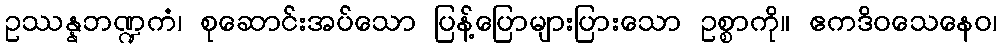
ဥဿန္နဘဏ္ဍကံ၊ စုဆောင်းအပ်သော ပြန့်ပြောများပြားသော ဥစ္စာကို။ ဧကဒိဝသေနေဝ၊